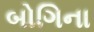
બોગિના